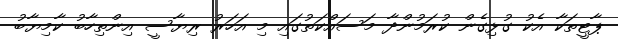
ޕާޓީތަކާ އެކު ގުޅިގެން ކުރަމުންދާ މަސައްކަތުގައި މި އަހަރު ރިޔާސީ އިންތިހާބު ކާމިޔާބު